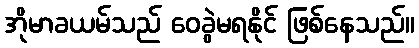
အိုမာခယမ်သည် ဝေခွဲမရနိုင် ဖြစ်နေသည်။